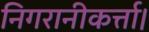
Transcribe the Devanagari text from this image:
निगरानीकर्त्ता।